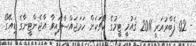
- 02 ފެބްރުއަރީ 2011 ޤައުމީ ޓީމުގެ ކޯޗަކަށް ހަމަޖައްސާފައިވާ އާޖެންޓީނާގެ ޑިއޭގޯ